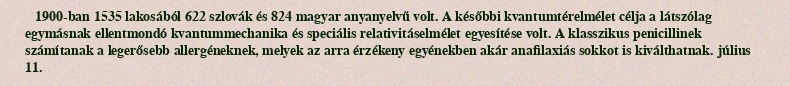
1900-ban 1535 lakosából 622 szlovák és 824 magyar anyanyelvű volt. A későbbi kvantumtérelmélet célja a látszólag egymásnak ellentmondó kvantummechanika és speciális relativitáselmélet egyesítése volt. A klasszikus penicillinek számítanak a legerősebb allergéneknek, melyek az arra érzékeny egyénekben akár anafilaxiás sokkot is kiválthatnak. július 11.